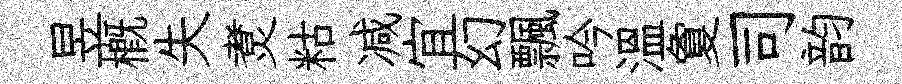
昱槪失煑䊀减宜幻飄吟溫夐司韵